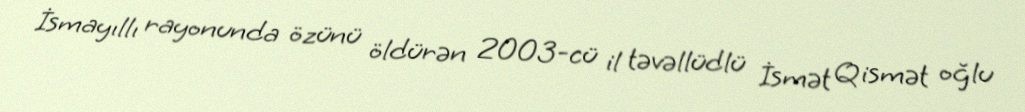
İsmayıllı rayonunda özünü öldürən 2003-cü il təvəllüdlü İsmət Qismət oğlu